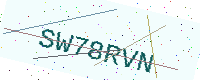
Text: SW78RVN